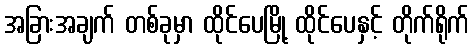
အခြားအချက် တစ်ခုမှာ ထိုင်ပေမြို့ ထိုင်ပေနှင့် တိုက်ရိုက်